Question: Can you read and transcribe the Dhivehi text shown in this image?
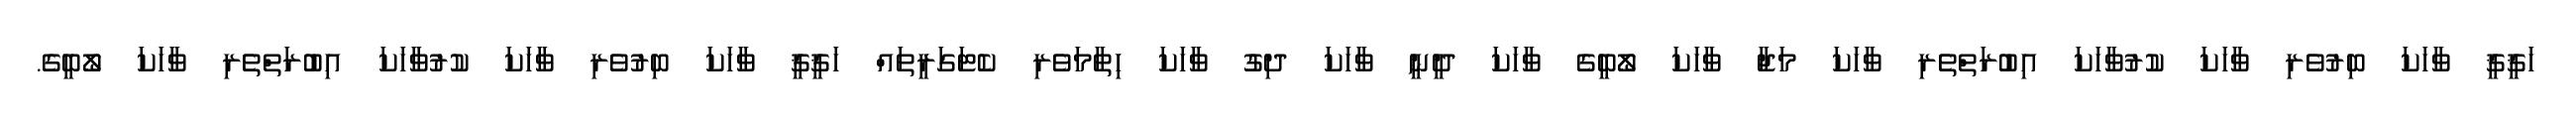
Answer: ހަޤީޤީ ވާހަކަ ބިރުވެރި ވާހަކަ ކުރުވާހަކަ އިބުރަތްތެރި ވާހަކަ މަޖާ ވާހަކަ ލޯބީގެ ވާހަކަ ދީނީ ވާހަކަ ދިގު ވާހަކަ ހިތާމަވެރި ކެޓަގަރީތައް ހަޤީޤީ ވާހަކަ ބިރުވެރި ވާހަކަ ކުރުވާހަކަ އިބުރަތްތެރި ވާހަކަ ލޯބީގެ.